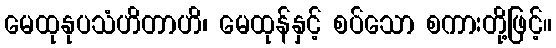
မေထုနုပသံဟိတာဟိ၊ မေထုန်နှင့် စပ်သော စကားတို့ဖြင့်။